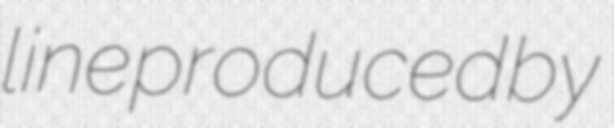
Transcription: line produced by